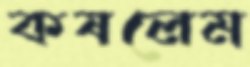
কষলেম